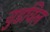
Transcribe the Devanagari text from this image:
वुडविल